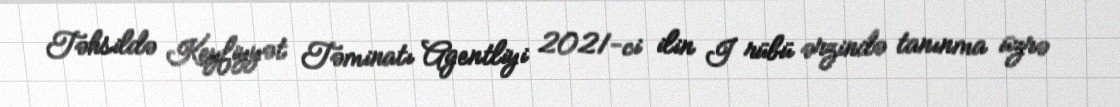
Təhsildə Keyfiyyət Təminatı Agentliyi 2021-ci ilin I rübü ərzində tanınma üzrə